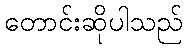
တောင်းဆိုပါသည်